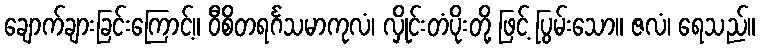
ချောက်ချားခြင်းကြောင့်။ ဝီစိတရင်္ဂသမာကုလံ၊ လှိုင်းတံပိုးတို့ ဖြင့် ပြွမ်းသော။ ဇလံ၊ ရေသည်။